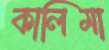
কালিমা